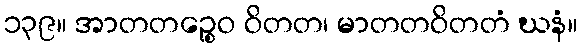
၁၃၉။ အာတတဉ္စေဝ ဝိတတ၊ မာတတဝိတတံ ဃနံ။